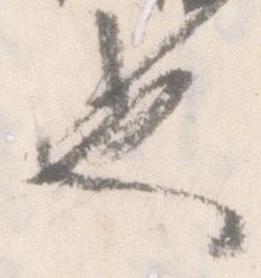
也